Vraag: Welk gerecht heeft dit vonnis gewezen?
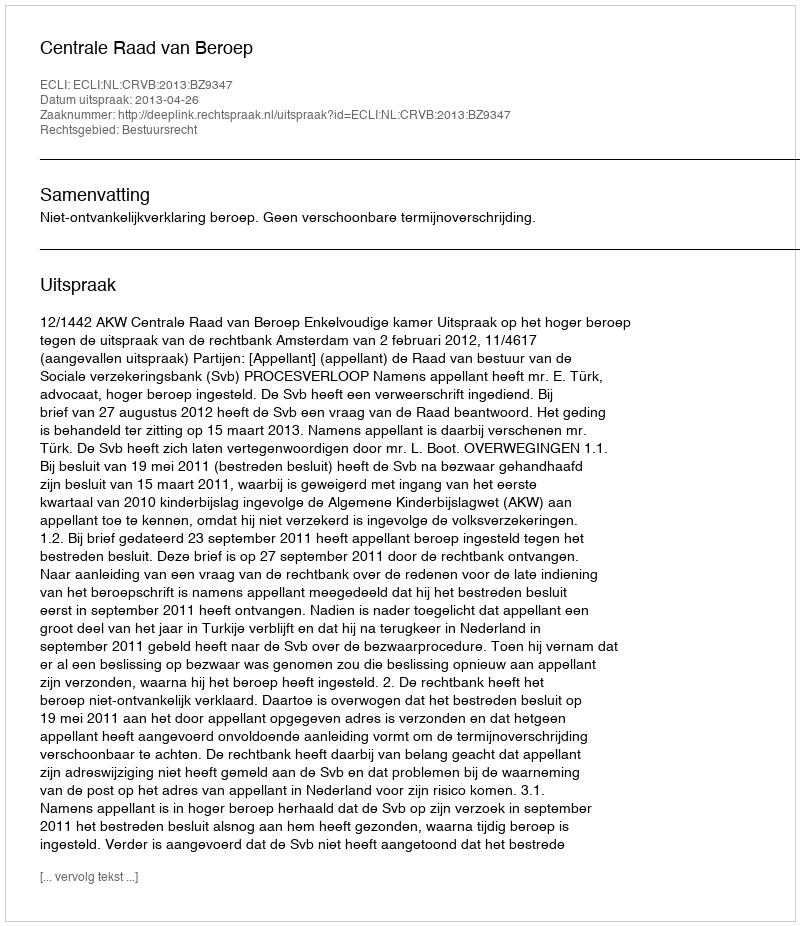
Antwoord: Centrale Raad van Beroep